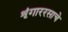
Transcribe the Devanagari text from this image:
शृंगाररसाचे